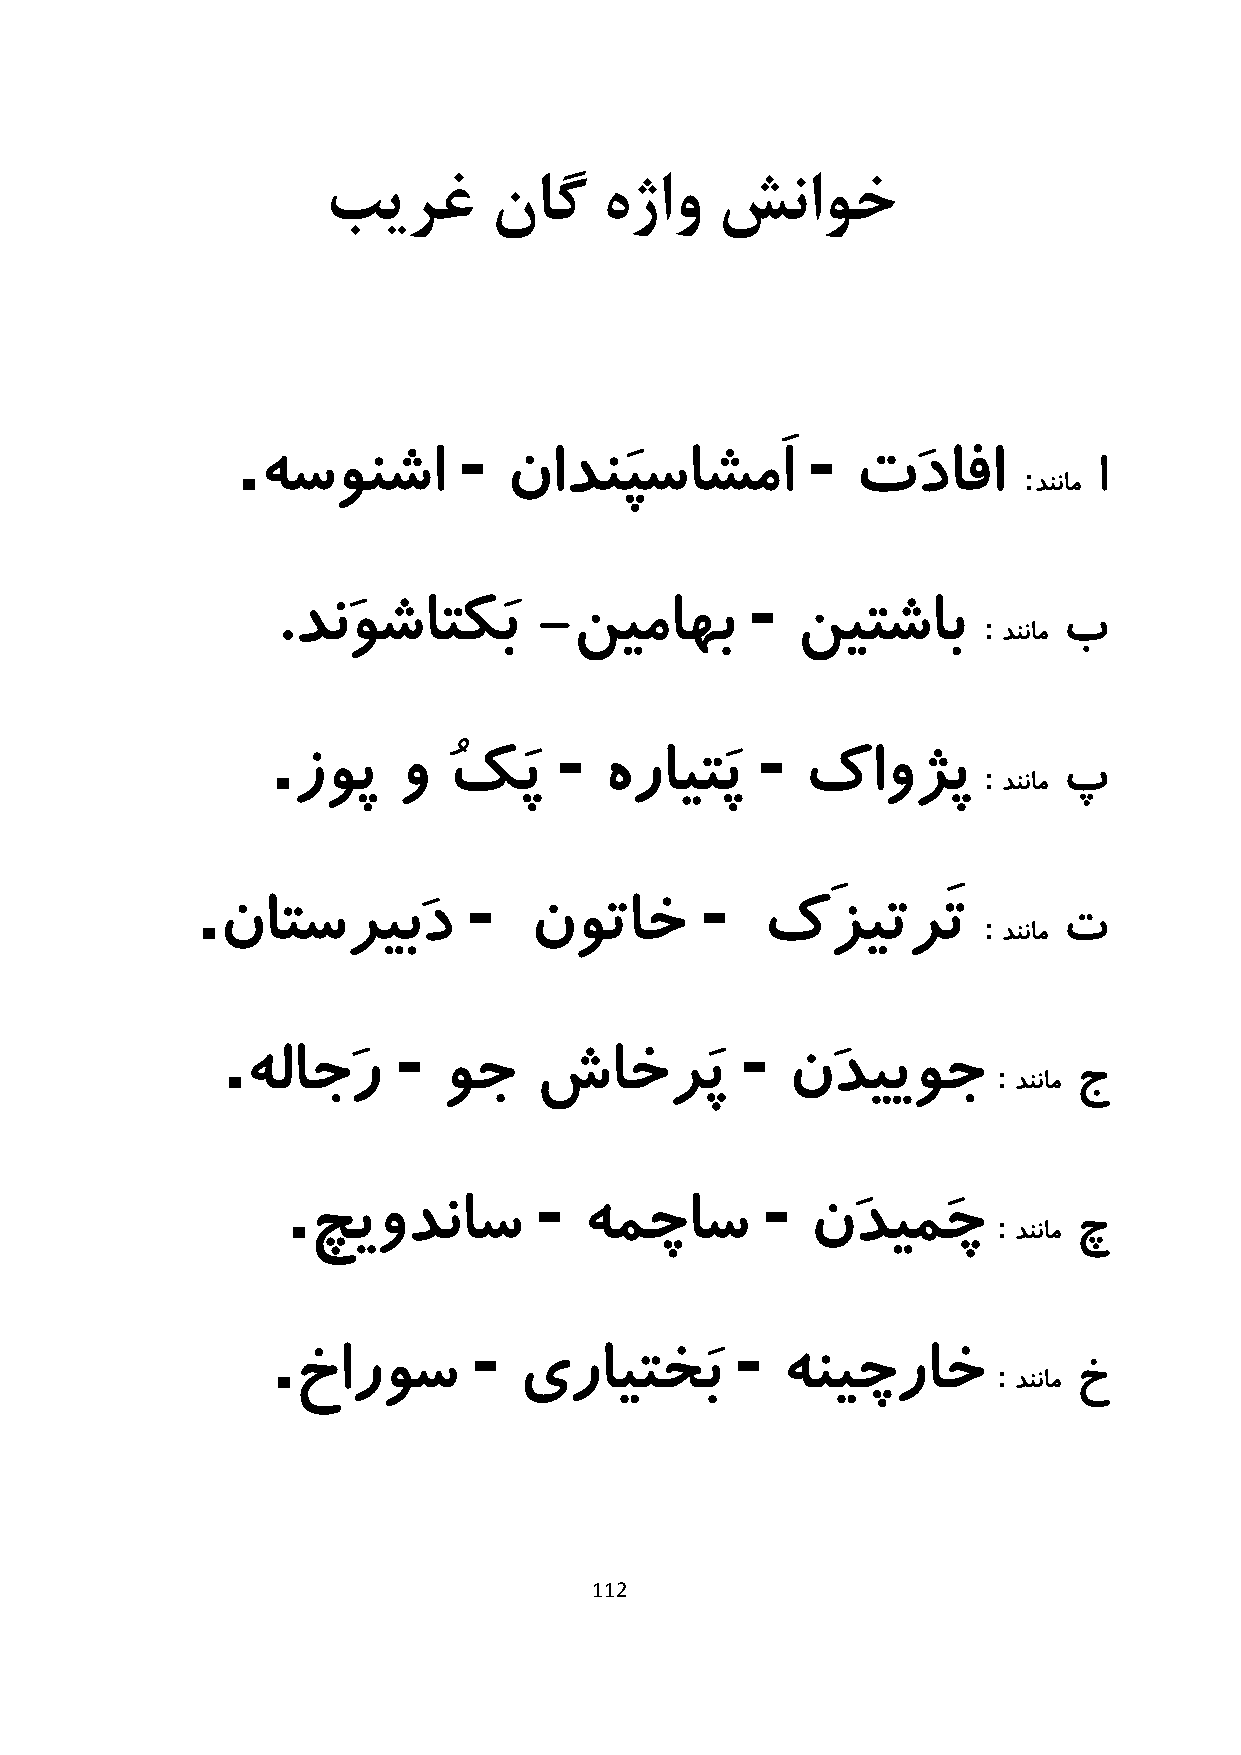
بیرغ       ناگ     هژاو   شناوخ
 .             -                       -
 هسونشا          نادنَپساشمَا            تَدافا     :    ا
 دننام
 -
 .دنَوشاتکَب       -نیماهب          نیتشاب      :    ب
 دننام
 .                  -            -
 زوپ    و   ُکَپ      هرایتَپ      کاوژپ       :    پ
 دننام
 .                 -              -
 ناتسریبَد            نوتاخ          کَزیترَت       :    ت
 دننام
 .          -                      -
 هلاجَر       وج    شاخرَپ           نَدییوج       :    ج
 دننام
 .                -              -
 چیودناس            همچاس          نَدیمَچ     :    چ
 دننام
 .            -                 -
 خاروس          یرایتخَب          هنیچراخ       :    خ
 دننام
 112